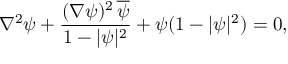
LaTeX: \nabla ^ { 2 } \psi + \frac { ( \nabla \psi ) ^ { 2 } \, { \overline { { \psi } } } } { 1 - | \psi | ^ { 2 } } + \psi ( 1 - | \psi | ^ { 2 } ) = 0 ,